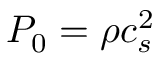
P _ { 0 } = \rho c _ { s } ^ { 2 }